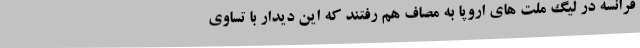
فرانسه در لیگ ملت های اروپا به مصاف هم رفتند که این دیدار با تساوی